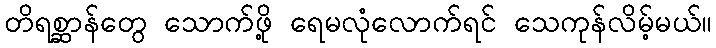
တိရစ္ဆာန်တွေ သောက်ဖို့ ရေမလုံလောက်ရင် သေကုန်လိမ့်မယ်။